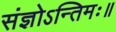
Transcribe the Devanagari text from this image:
संज्ञोऽन्तिमः॥